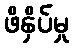
ဖိနှိပ်မှု